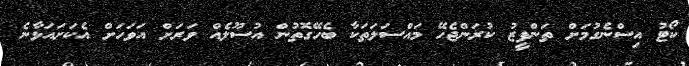
ކޯޓު އިސްނެގުމަށް ތަންފީޒު ކުރަންޖެހޭ މައްސަލަތަކާ ބެހޭގޮތުން އުސޫލެއް ވަރަށް އަވަހަށް އެކަށައަޅާނެ